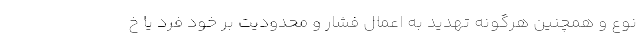
نوع و همچنین هرگونه تهدید به اعمال فشار و محدودیت بر خود فرد یا خ